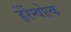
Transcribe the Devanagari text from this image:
हेर्रेन्वोल्क